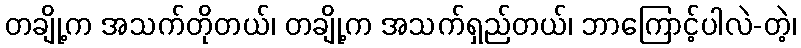
တချို့က အသက်တိုတယ်၊ တချို့က အသက်ရှည်တယ်၊ ဘာကြောင့်ပါလဲ-တဲ့၊